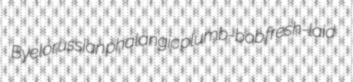
Byelorussian phalangic plumb-bob fresh-laid